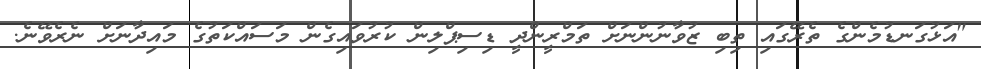
"އަޅުގަނޑުމެންގެ ތެރޭގައި ތިބި ޒުވާނުންނަށް ތަމްރީންދީ ޑިސިޕްލިން ކުރުވައިގެން މަސައްކަތުގެ މައިދާނަށް ނެރެވޭނެ.